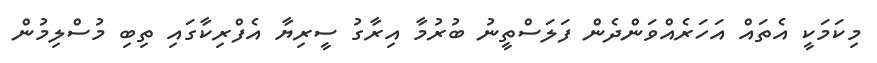
މިކަމަކީ އެތައް އަހަރެއްވަންދެން ފަލަސްތީނު ބުރުމާ އިރާގު ސީރިޔާ އެފްރިކާގައި ތިބި މުސްލިމުން